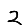
Digit: 2